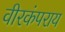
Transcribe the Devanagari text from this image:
वीरकंपराय